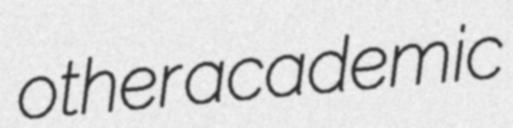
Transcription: other academic